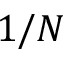
1 / N